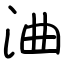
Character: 浀